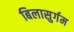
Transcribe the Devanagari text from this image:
बिलासुर्गम